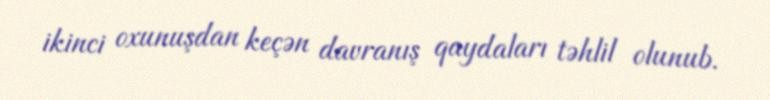
ikinci oxunuşdan keçən davranış qaydaları təhlil olunub.